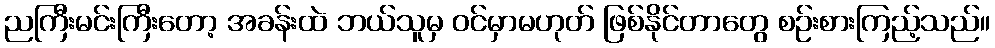
ညကြီးမင်းကြီးတော့ အခန်းထဲ ဘယ်သူမှ ဝင်မှာမဟုတ် ဖြစ်နိုင်တာတွေ စဉ်းစားကြည့်သည်။